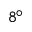
8 ^ { \circ }